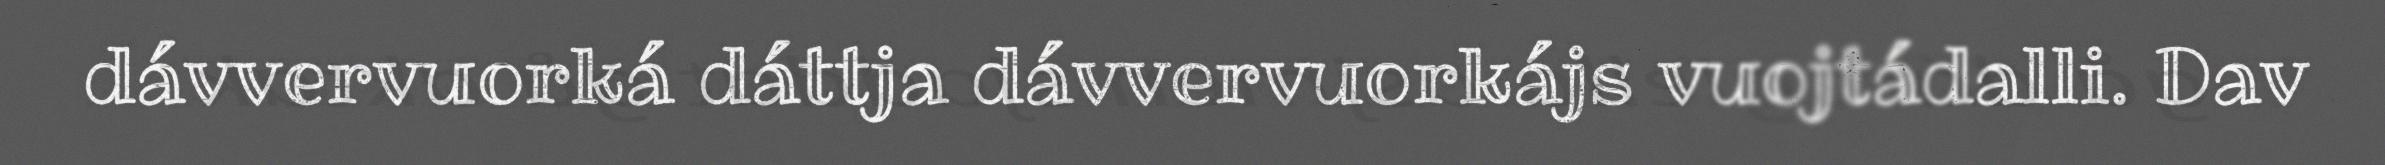
dávvervuorká dáttja dávvervuorkájs vuojtádalli. Dav